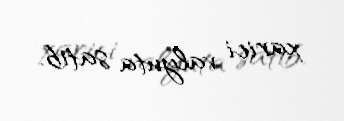
xarici valyuta satıb.